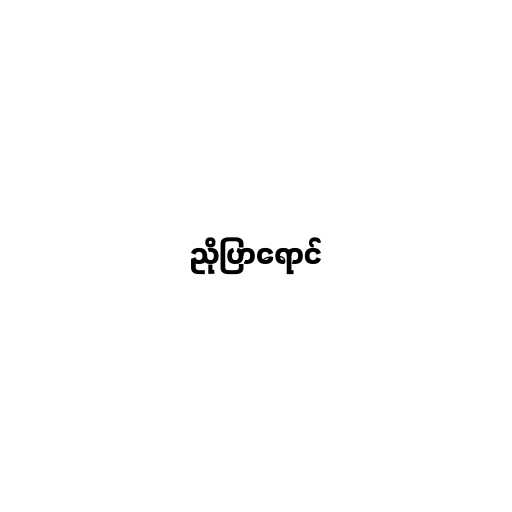
ညိုပြာရောင်